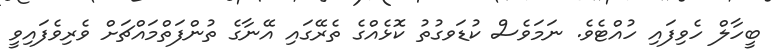
ބީހާލް ހެވިފައި ހުއްޓެވެ. ނަމަވެސް ކުޑަވގުތު ކޮޅެއްގެ ތެރޭގައި އޭނާގެ ތުންފަތްމައްޗަށް ވެރިވެފައިވީ